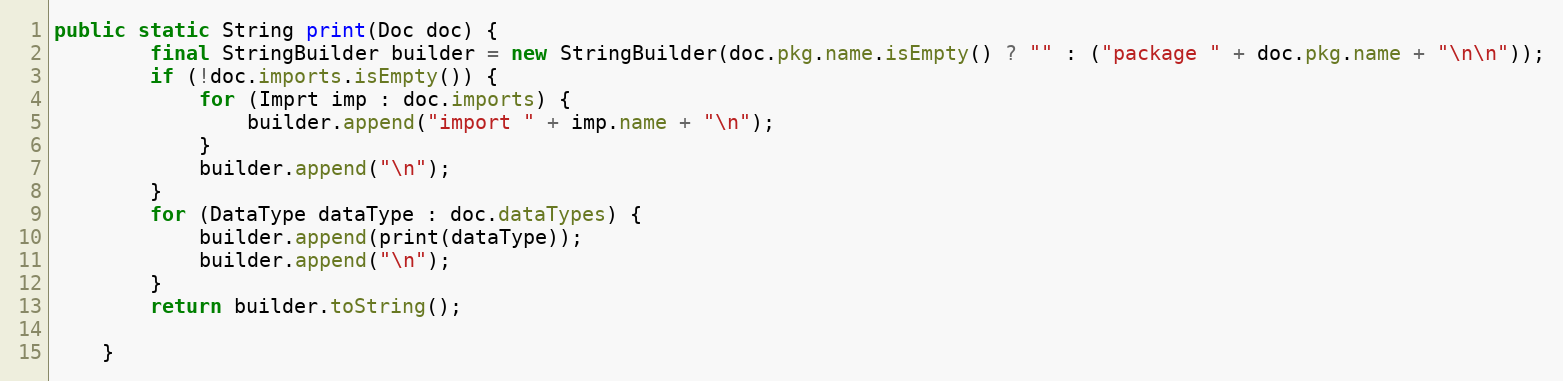
Language: Java
public static String print(Doc doc) {
        final StringBuilder builder = new StringBuilder(doc.pkg.name.isEmpty() ? "" : ("package " + doc.pkg.name + "\n\n"));
        if (!doc.imports.isEmpty()) {
            for (Imprt imp : doc.imports) {
                builder.append("import " + imp.name + "\n");
            }
            builder.append("\n");
        }
        for (DataType dataType : doc.dataTypes) {
            builder.append(print(dataType));
            builder.append("\n");
        }
        return builder.toString();

    }